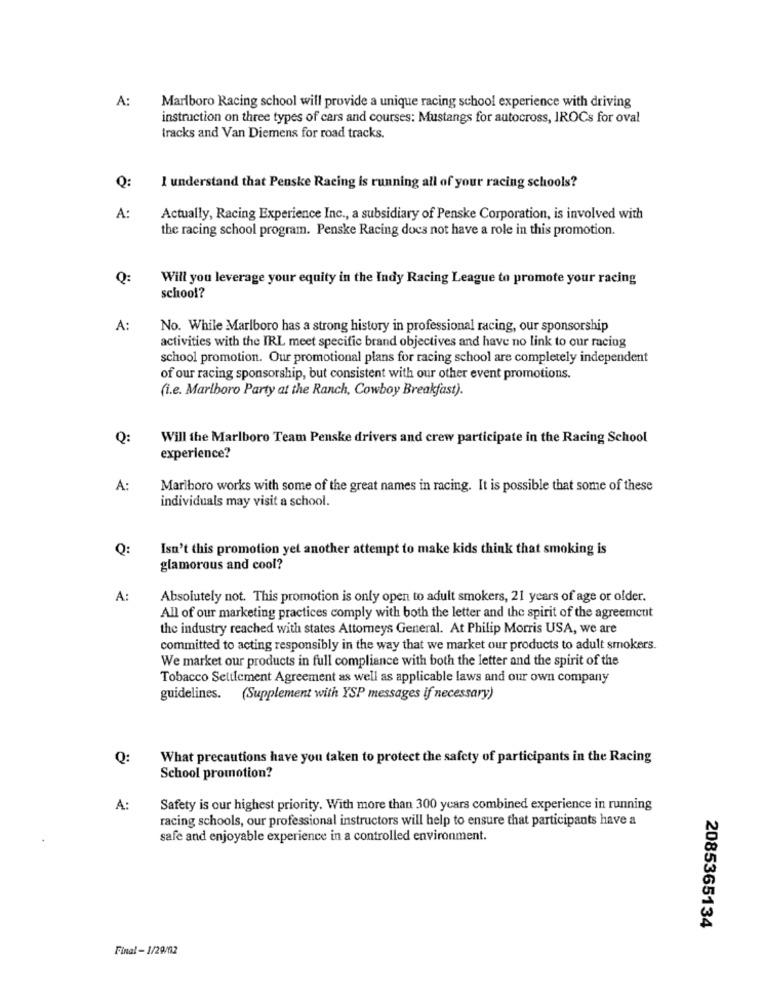
A:
Marlboro Racing school will provide a unique racing school experience with driving
instruction on three types of cars and courses: Mustangs for autocross, IROCs for oval
tracks and Van Diemens for road tracks.
Q:
I understand that Penske Racing is running all of your racing schools?
A:
Actually, Racing Experience Inc ., a subsidiary of Penske Corporation, is involved with
the racing school program. Penske Racing docs not have a role in this promotion.
Q:
Will you leverage your equity in the Indy Racing League to promote your racing
school?
A:
No. While Marlboro has a strong history in professional racing, our sponsorship
activities with the IRL meet specific brand objectives and have no link to our racing
school promotion. Our promotional plans for racing school are completely independent
of our racing sponsorship, but consistent with our other event promotions.
(i.e. Marlboro Party at the Ranch, Cowboy Breakfast).
Q:
Will the Marlboro Team Penske drivers and crew participate in the Racing School
experience?
A:
Marlboro works with some of the great names in racing. It is possible that some of these
individuals may visit a school.
Q:
Isn't this promotion yet another attempt to make kids think that smoking is
glamorous and cool?
A:
Absolutely not. This promotion is only open to adult smokers, 21 years of age or older.
All of our marketing practices comply with both the letter and the spirit of the agreement
the industry reached with states Attorneys General. At Philip Morris USA, we are
committed to acting responsibly in the way that we market our products to adult smokers.
We market our products in full compliance with both the letter and the spirit of the
Tobacco Settlement Agreement as well as applicable laws and our own company
guidelines. (Supplement with YSP messages if necessary)
Q:
What precautions have you taken to protect the safety of participants in the Racing
School promotion?
A:
Safety is our highest priority. With more than 300 ycars combined experience in running
racing schools, our professional instructors will help to ensure that participants have a
safe and enjoyable experience in a controlled environment.
2085365134
Final - 1/29/02